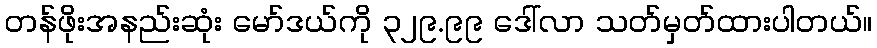
တန်ဖိုးအနည်းဆုံး မော်ဒယ်ကို ၃၂၉.၉၉ ဒေါ်လာ သတ်မှတ်ထားပါတယ်။